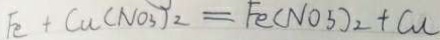
F e + C u ( N O _ { 3 } ) _ { 2 } = F e ( N O _ { 3 } ) _ { 2 } + C u